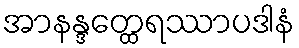
အာနန္ဒတ္ထေရဿာပဒါနံ